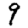
Digit: 9